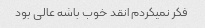
فکر نمیکردم انقد خوب باشه عالی بود